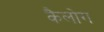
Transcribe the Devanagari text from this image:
कैलोग